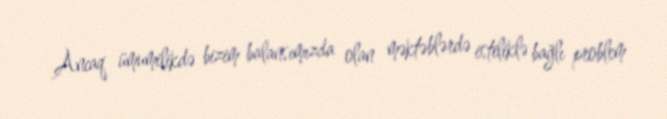
Ancaq ümumilikdə bizim balansımızda olan məktəblərdə istiliklə bağlı problem